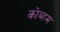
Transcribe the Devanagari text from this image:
कोब्हम